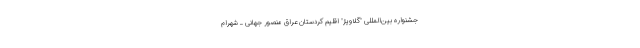
جشنواره بین‌المللی "گلاویژ" اقلیم کردستان عراق منصور جهانی ـ شهرام